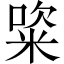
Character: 𥺔